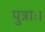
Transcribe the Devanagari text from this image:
पुत्राः।